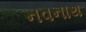
નવનાથ